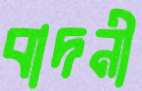
বাদনী